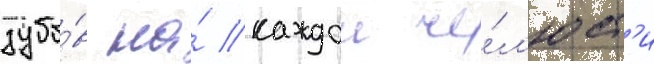
зубо́в на́ каждои че́л'юст'и